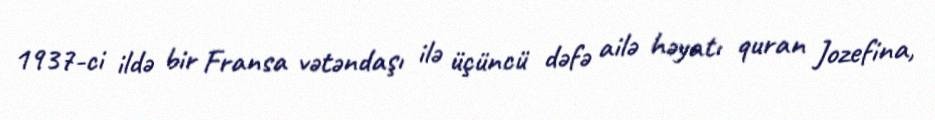
1937-ci ildə bir Fransa vətəndaşı ilə üçüncü dəfə ailə həyatı quran Jozefina,